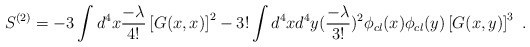
\begin{align*}S^{(2)} = - 3\int d^4 x {-\lambda\over 4!} \left[ G(x,x) \right]^2 - 3!\int d^4 x d^4 y ({-\lambda\over 3!})^2 \phi_{cl} (x) \phi_{cl} (y) \left[ G(x,y)\right]^3\,\,.\end{align*}